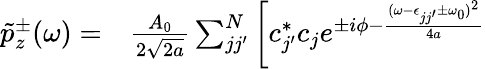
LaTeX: \begin{array}{rl}{\tilde{p}_{z}^{\pm}(\omega)=}&{{}\frac{A_{0}}{2\sqrt{2a}}\sum_{jj^{\prime}}^{N}\bigg[c_{j^{\prime}}^{*}c_{j}e^{\pm i\phi-\frac{(\omega-\epsilon_{jj^{\prime}}\pm\omega_{0})^{2}}{4a}}}\end{array}